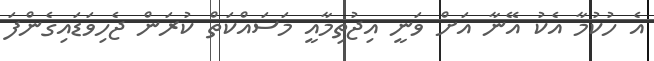
އެ ހުކުމާ އެކު އޭނާ އަށް ވަނީ އިޖުތިމާއީ މަސައްކަތް ކުރަން ޖެހިވަޑައިގެންފަ